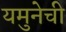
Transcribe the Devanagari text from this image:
यमुनेची